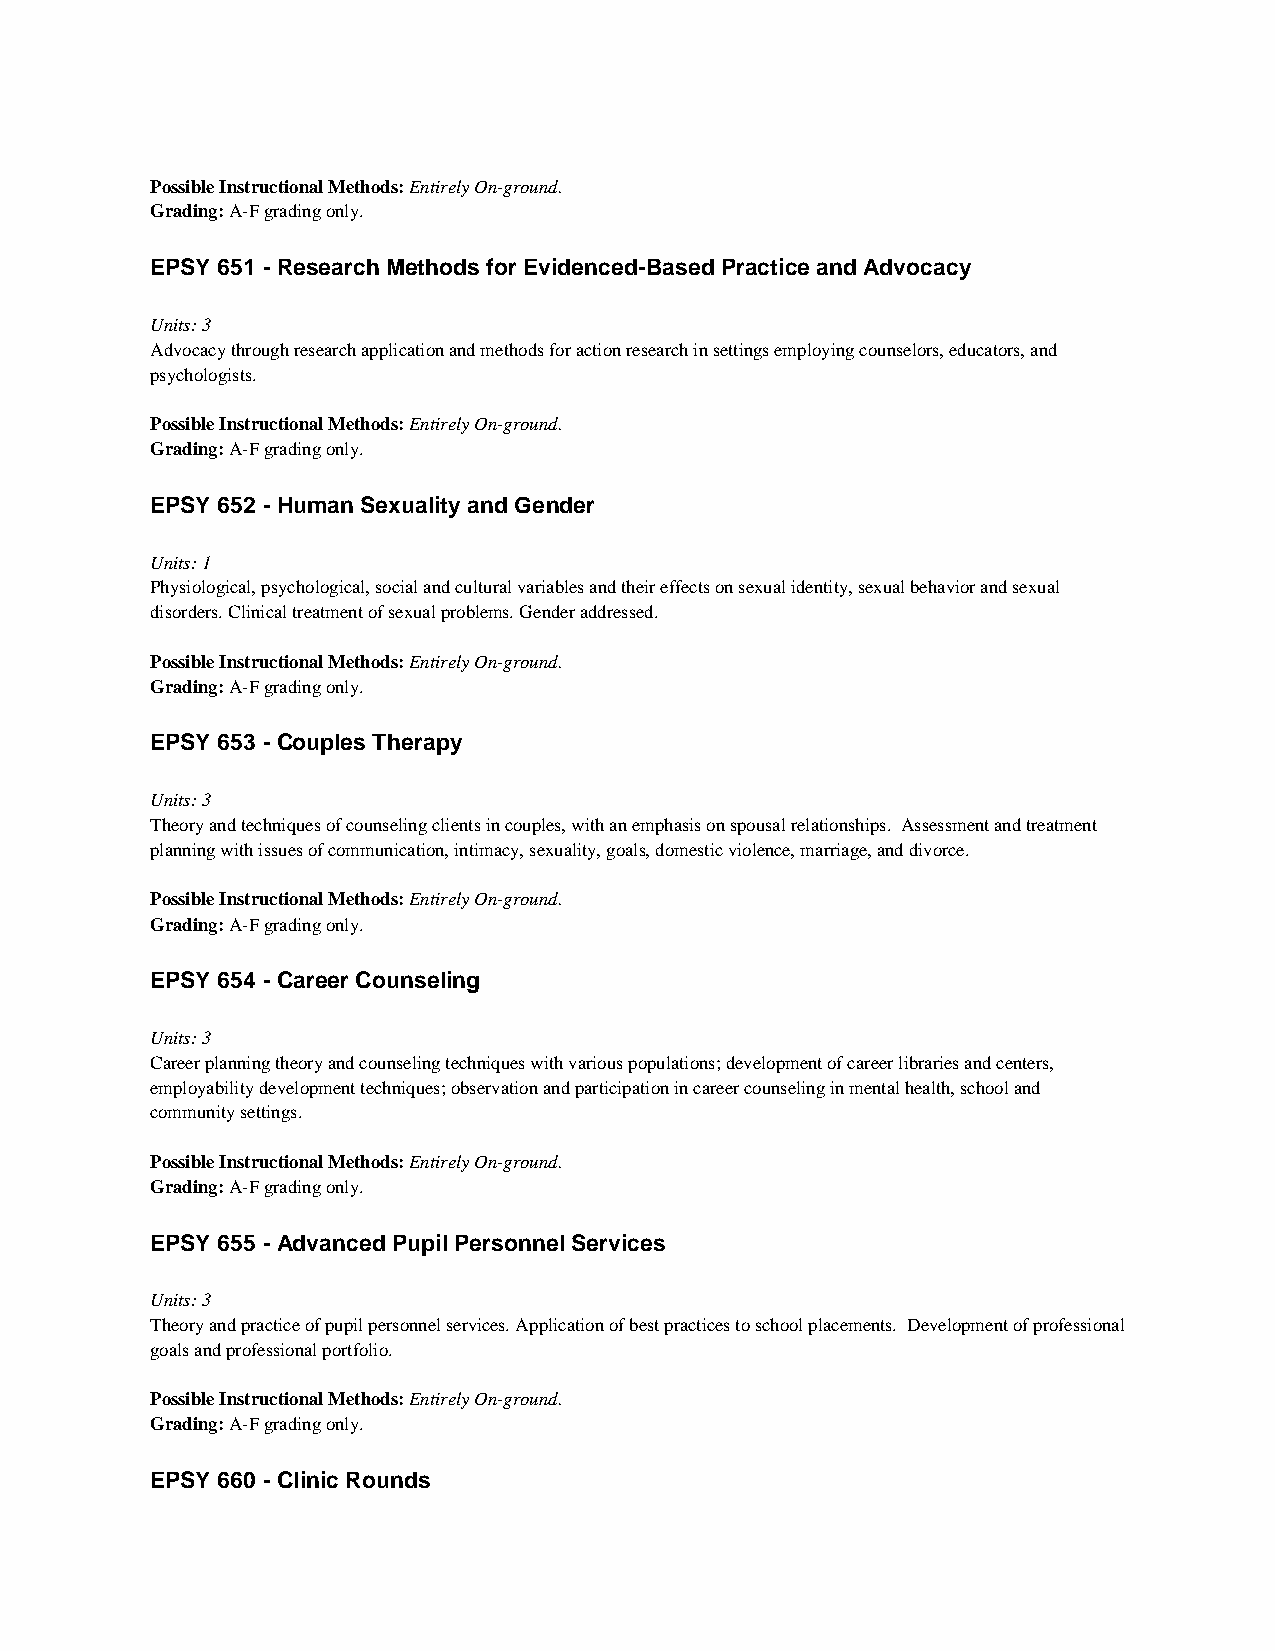
Possible Instructional Methods: Entirely On-ground.
 Grading: A-F grading only.
 EPSY 651 - Research Methods for Evidenced-Based Practice and Advocacy
 Units: 3
 Advocacy through research application and methods for action research in settings employing counselors, educators, and
 psychologists.
 Possible Instructional Methods: Entirely On-ground.
 Grading: A-F grading only.
 EPSY 652 - Human Sexuality and Gender
 Units: 1
 Physiological, psychological, social and cultural variables and their effects on sexual identity, sexual behavior and sexual
 disorders. Clinical treatment of sexual problems. Gender addressed.
 Possible Instructional Methods: Entirely On-ground.
 Grading: A-F grading only.
 EPSY 653 - Couples Therapy
 Units: 3
 Theory and techniques of counseling clients in couples, with an emphasis on spousal relationships. Assessment and treatment
 planning with issues of communication, intimacy, sexuality, goals, domestic violence, marriage, and divorce.
 Possible Instructional Methods: Entirely On-ground.
 Grading: A-F grading only.
 EPSY 654 - Career Counseling
 Units: 3
 Career planning theory and counseling techniques with various populations; development of career libraries and centers,
 employability development techniques; observation and participation in career counseling in mental health, school and
 community settings.
 Possible Instructional Methods: Entirely On-ground.
 Grading: A-F grading only.
 EPSY 655 - Advanced Pupil Personnel Services
 Units: 3
 Theory and practice of pupil personnel services. Application of best practices to school placements. Development of professional
 goals and professional portfolio.
 Possible Instructional Methods: Entirely On-ground.
 Grading: A-F grading only.
 EPSY 660 - Clinic Rounds